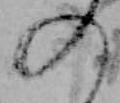
の